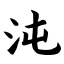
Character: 沌